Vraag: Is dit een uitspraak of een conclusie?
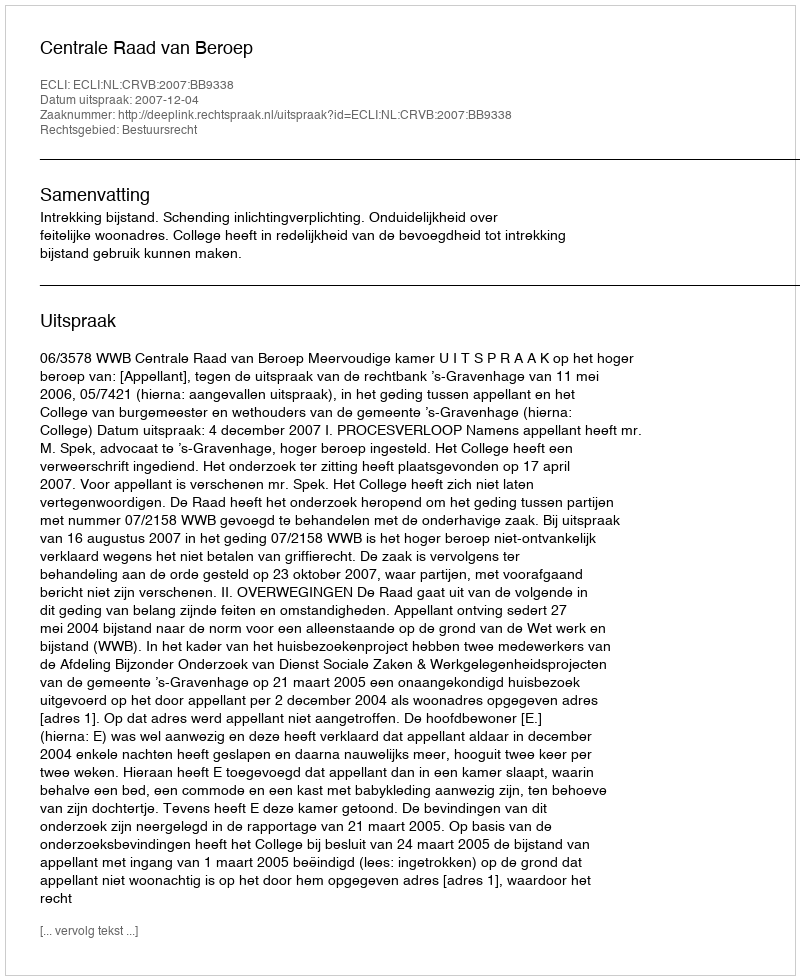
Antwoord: Uitspraak